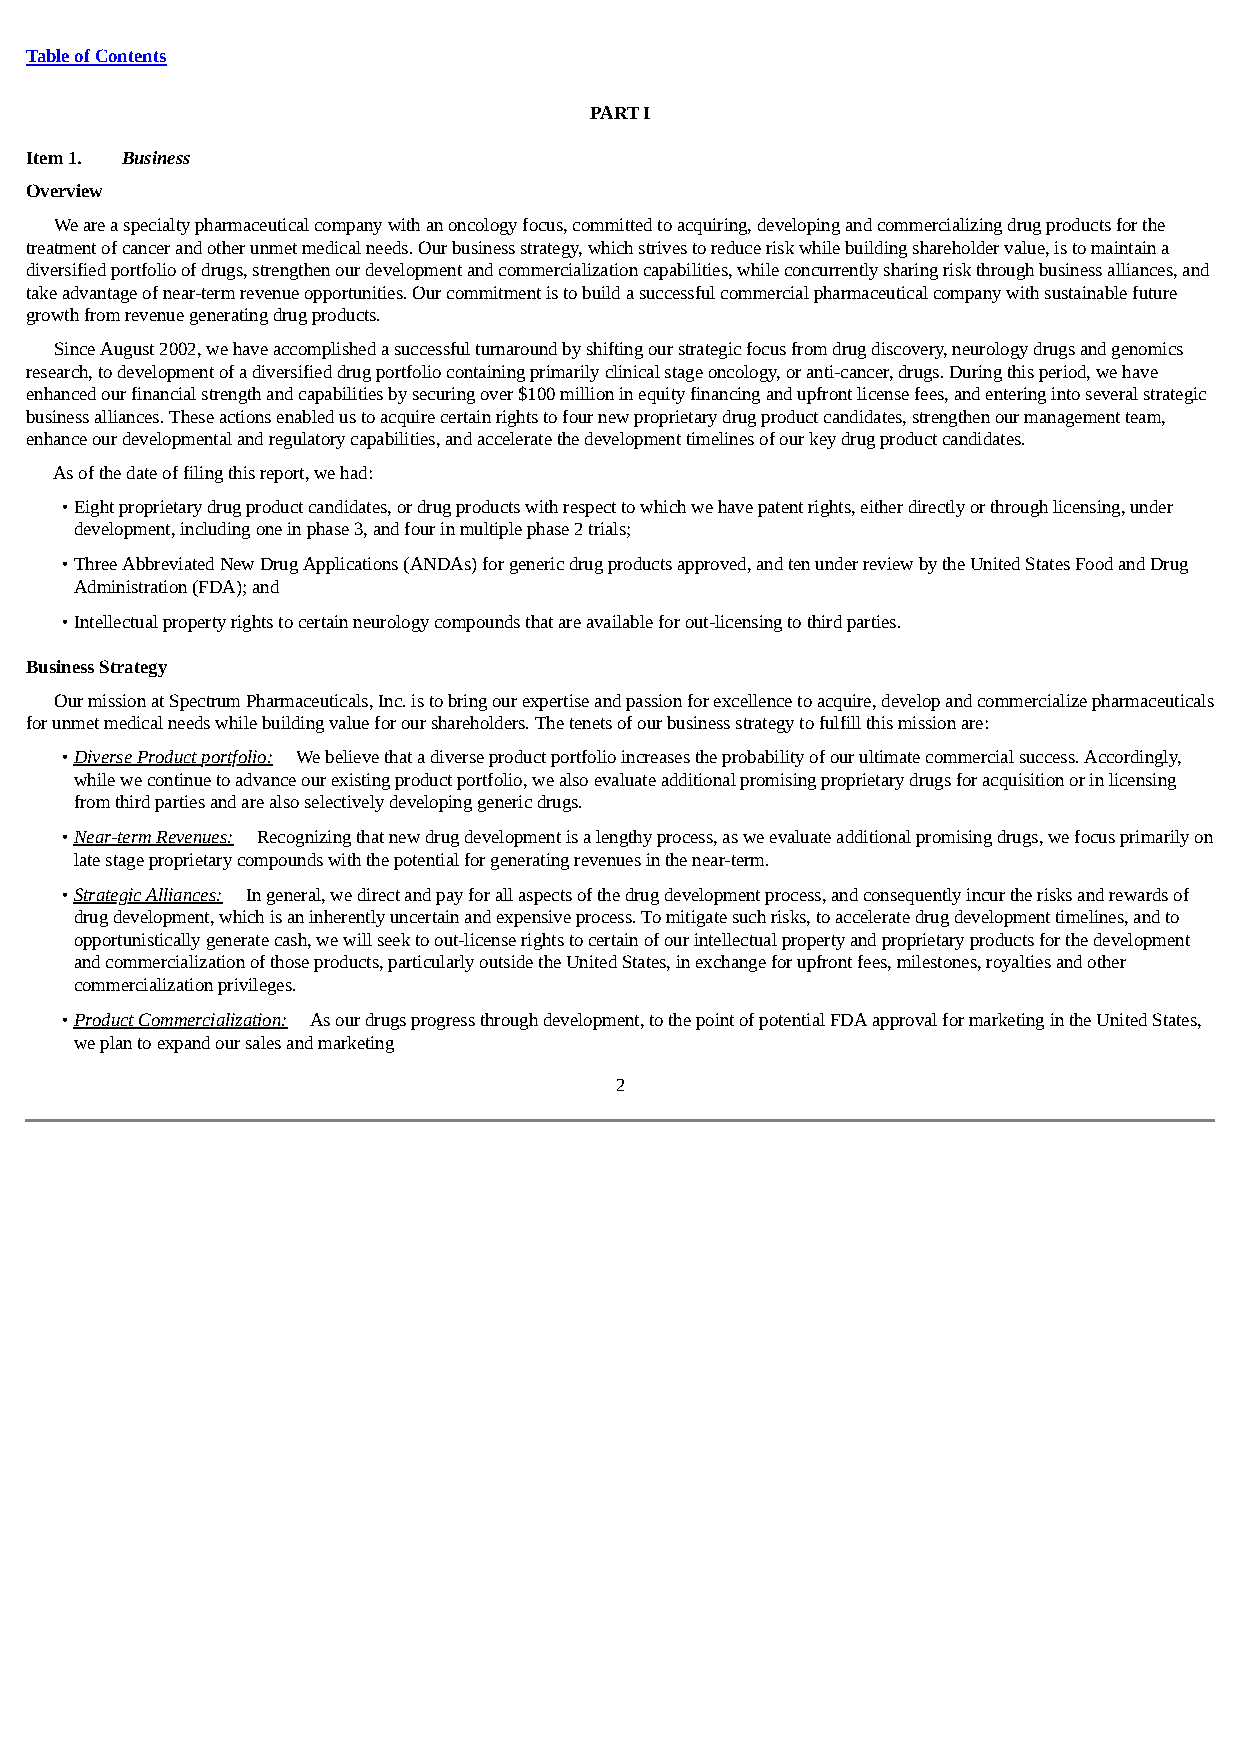
Table of Contents
 PART I
 Item 1. Business
 Overview
 We are a specialty pharmaceutical company with an oncology focus, committed to acquiring, developing and commercializing drug products for the
 treatment of cancer and other unmet medical needs. Our business strategy, which strives to reduce risk while building shareholder value, is to maintain a
 diversified portfolio of drugs, strengthen our development and commercialization capabilities, while concurrently sharing risk through business alliances, and
 take advantage of near-term revenue opportunities. Our commitment is to build a successful commercial pharmaceutical company with sustainable future
 growth from revenue generating drug products.
 Since August 2002, we have accomplished a successful turnaround by shifting our strategic focus from drug discovery, neurology drugs and genomics
 research, to development of a diversified drug portfolio containing primarily clinical stage oncology, or anti-cancer, drugs. During this period, we have
 enhanced our financial strength and capabilities by securing over $100 million in equity financing and upfront license fees, and entering into several strategic
 business alliances. These actions enabled us to acquire certain rights to four new proprietary drug product candidates, strengthen our management team,
 enhance our developmental and regulatory capabilities, and accelerate the development timelines of our key drug product candidates.
 As of the date of filing this report, we had:
 • Eight proprietary drug product candidates, or drug products with respect to which we have patent rights, either directly or through licensing, under
 development, including one in phase 3, and four in multiple phase 2 trials;
 • Three Abbreviated New Drug Applications (ANDAs) for generic drug products approved, and ten under review by the United States Food and Drug
 Administration (FDA); and
 • Intellectual property rights to certain neurology compounds that are available for out-licensing to third parties.
 Business Strategy
 Our mission at Spectrum Pharmaceuticals, Inc. is to bring our expertise and passion for excellence to acquire, develop and commercialize pharmaceuticals
 for unmet medical needs while building value for our shareholders. The tenets of our business strategy to fulfill this mission are:
 • Diverse Product portfolio: We believe that a diverse product portfolio increases the probability of our ultimate commercial success. Accordingly,
 while we continue to advance our existing product portfolio, we also evaluate additional promising proprietary drugs for acquisition or in licensing
 from third parties and are also selectively developing generic drugs.
 • Near-term Revenues: Recognizing that new drug development is a lengthy process, as we evaluate additional promising drugs, we focus primarily on
 late stage proprietary compounds with the potential for generating revenues in the near-term.
 • Strategic Alliances: In general, we direct and pay for all aspects of the drug development process, and consequently incur the risks and rewards of
 drug development, which is an inherently uncertain and expensive process. To mitigate such risks, to accelerate drug development timelines, and to
 opportunistically generate cash, we will seek to out-license rights to certain of our intellectual property and proprietary products for the development
 and commercialization of those products, particularly outside the United States, in exchange for upfront fees, milestones, royalties and other
 commercialization privileges.
 • Product Commercialization: As our drugs progress through development, to the point of potential FDA approval for marketing in the United States,
 we plan to expand our sales and marketing
 2